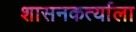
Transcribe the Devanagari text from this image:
शासनकर्त्याला